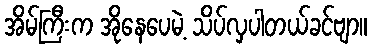
အိမ်ကြီးက အိုနေပေမဲ့ သိပ်လှပါတယ်ခင်ဗျာ။